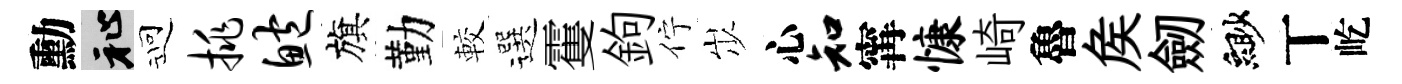
勳祉迎挑鲍旗勤較選䨥鉤佇𡵯心知𡩋慷崎魯矦劒緲丅屹